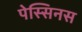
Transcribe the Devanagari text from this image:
पेस्सिनस